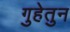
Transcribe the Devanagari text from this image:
गुहेतुन